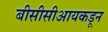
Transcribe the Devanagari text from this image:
बीसीसीआयकडून